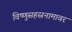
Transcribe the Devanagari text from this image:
विष्णुसहस्रनामावर